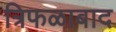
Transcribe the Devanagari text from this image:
त्रिफळाबाद